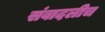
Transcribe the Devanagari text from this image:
संवादलीच